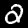
Digit: 2